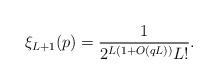
LaTeX: \begin{align*}\xi_{L+1}(p) = \frac 1{2^{L(1+O(qL))} L!}.\end{align*}